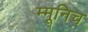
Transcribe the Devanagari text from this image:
म्मूनिच